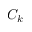
C _ { k }